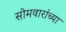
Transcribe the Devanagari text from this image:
सोमवारांच्या